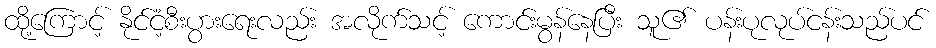
ထို့ကြောင့် နိုင်ငံ့စီးပွားရေးလည်း အလိုက်သင့် ကောင်းမွန်နေပြီး သူ၏ ပန်းပုလုပ်ငန်းသည်ပင်